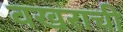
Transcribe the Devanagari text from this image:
वखराची